Civil Veterinary Dept. Bombay admin report 1900-1906 - 1900-1906
Year: 1900
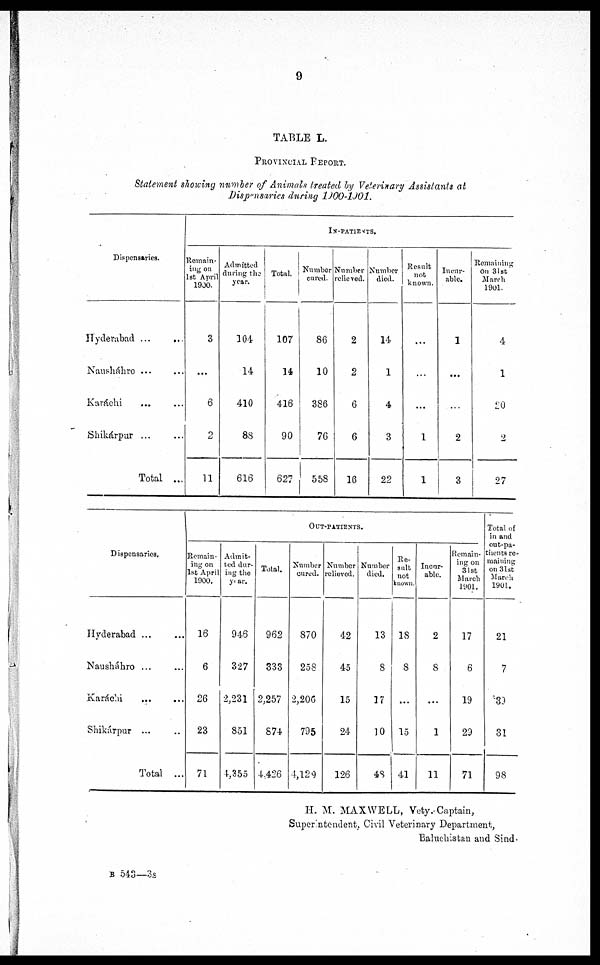
9
TABLE L.
PROVINCIAL REPORT.
Statement showing number of Animals treated by Veterinary Assistants at
Dispensaries during 1900-1901.
Dispensaries.
Hyderabad ... ...
Nausháhro ... ...
Karáchi ... ...
Shikárpur ... ...
Total ...
IN-PATIENTS.
Remain-
ing on
1st April
1900.
3
...
6
2
11
Admitted
during the
year.
104
14
410
88
616
Total.
107
14
416
90
627
Number
cured.
86
10
386
76
558
Number
relieved.
2
2
6
6
16
Number
died.
14
1
4
3
22
Result
not
known.
...
...
...
1
1
Incur-
able.
1
...
...
2
3
Remaining
on 31st
March
1901.
4
1
20
2
27
Dispensaries.
Hyderabad ... ...
Nausháhro ... ...
Karáchi ... ...
Shikárpur ... ...
Total ...
OUT-PATIENTS.
Remain-
ing on
1st April
1900.
16
6
26
23
71
Admit-
ted dur-
ing the
year.
946
327
2,231
851
4,355
Total.
962
333
2,257
874
4,426
Number
cured.
870
258
2,206
795
4,129
Number
relieved.
42
45
15
24
126
Number
died.
13
8
17
10
48
Re-
sult
not
known.
18
8
...
15
41
Incur¬
able.
2
8
...
1
11
Remain-
ing on
31st
March
1901.
17
6
19
29
71
Total of
in and
out-pa¬
tients re-
maining
on 31st
March
1901.
21
7
30
31
98
H. M. MAXWELL, Vety.-Captain,
Superintendent, Civil Veterinary Department,
Baluchistan and Sind.
B 543—3s